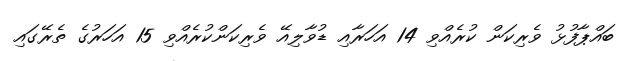
ބައްޕާފުޅު ވެރިކަން ކުރެއްވި 14 އަހަރާއި ޑުވާލިއޭ ވެރިކަންކުރެއްވި 15 އަހަރުގެ ތެރޭގައި